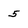
Character: 5